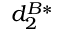
d _ { 2 } ^ { B * }